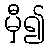
မှီ၍